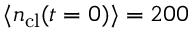
\langle n _ { \mathrm { c l } } ( t = 0 ) \rangle = 2 0 0